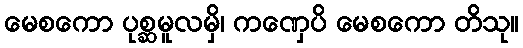
မေစကော ပုစ္ဆမူလမှိ၊ ကဏှေပိ မေစကော တိသု။